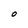
Character: 0